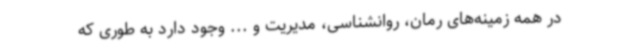
در همه زمینه‌های رمان، روانشناسی، مدیریت و ... وجود دارد به طوری که